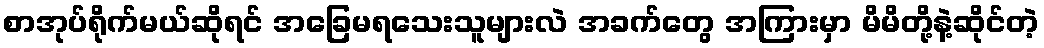
စာအုပ်ရိုက်မယ်ဆိုရင် အခြေမရသေးသူများလဲ အခက်တွေ အကြားမှာ မိမိတို့နဲ့ဆိုင်တဲ့